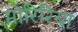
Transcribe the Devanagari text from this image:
मोरिरिया